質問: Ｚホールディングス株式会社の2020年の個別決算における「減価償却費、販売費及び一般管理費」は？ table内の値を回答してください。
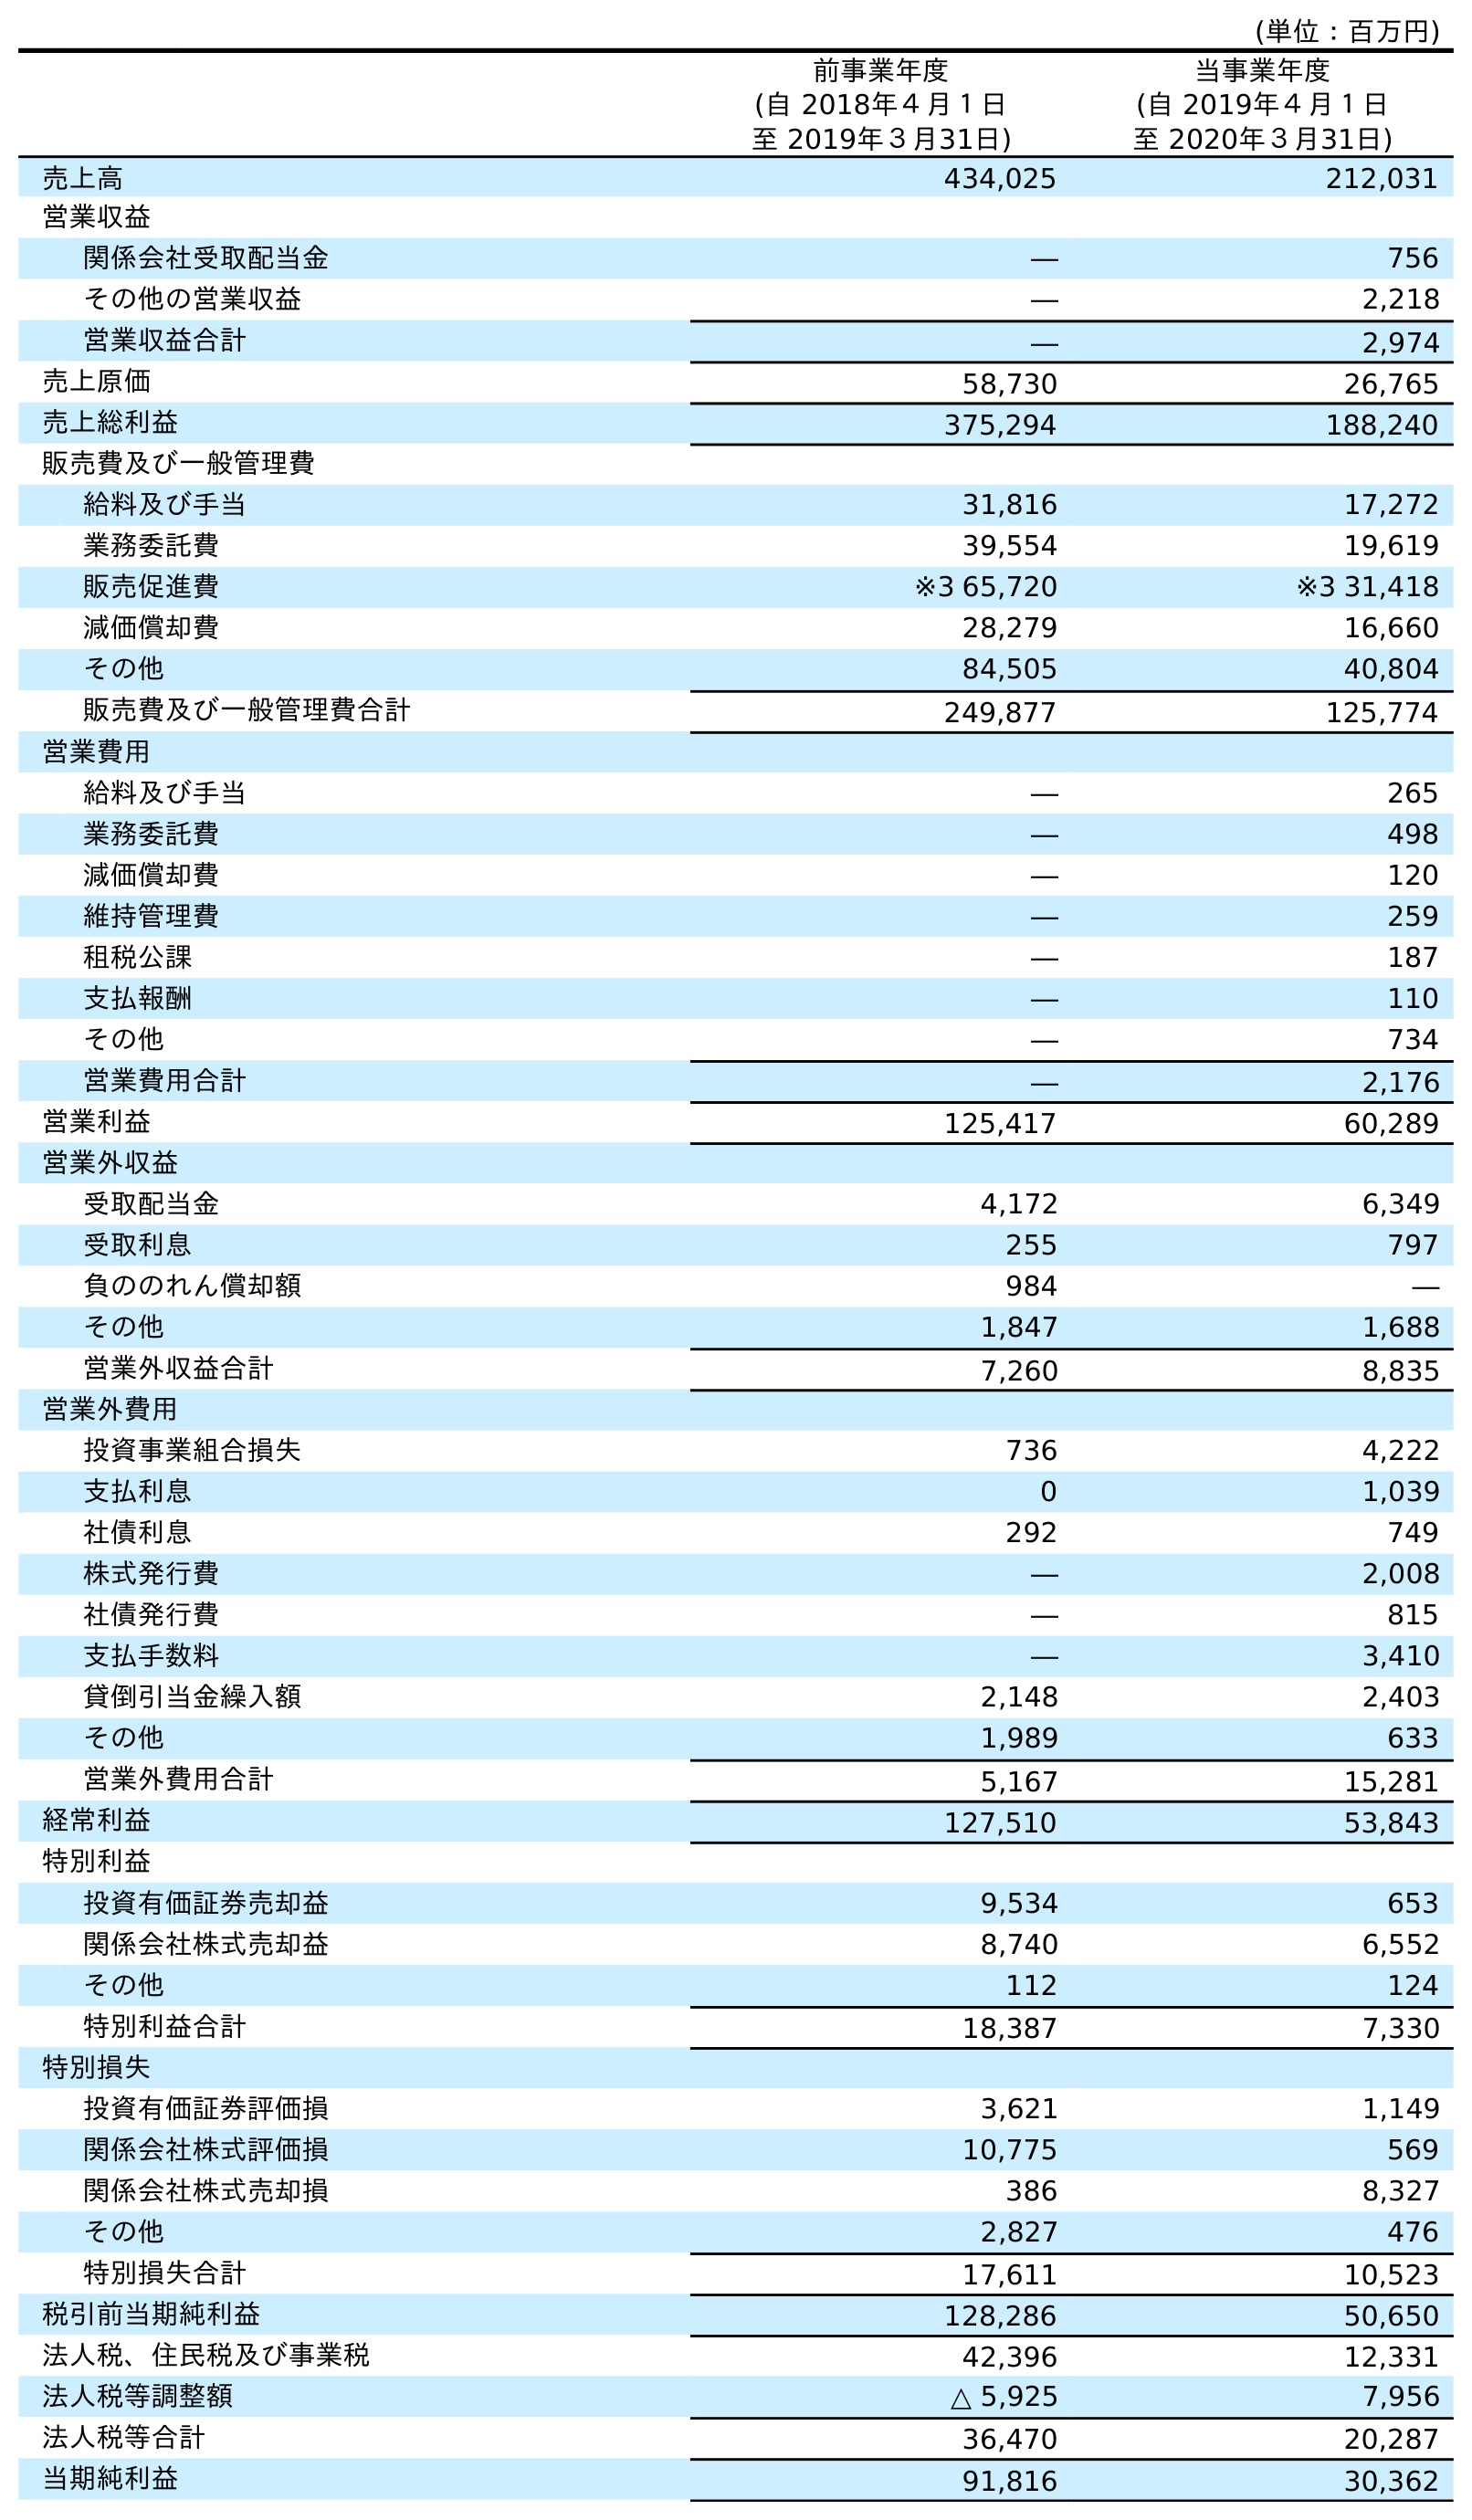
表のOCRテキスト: (単位：百万円) 前事業年度 (自 2018年４月１日 至 2019年３月31日) 当事業年度 (自 2019年４月１日 至 2020年３月31日) 売上高 434,025 212,031 営業収益 関係会社受取配当金 ― 756 その他の営業収益 ― 2,218 営業収益合計 ― 2,974 売上原価 58,730 26,765 売上総利益 375,294 188,240 販売費及び一般管理費 給料及び手当 31,816 17,272 業務委託費 39,554 19,619 販売促進費 ※3 65,720 ※3 31,418 減価償却費 28,279 16,660 その他 84,505 40,804 販売費及び一般管理費合計 249,877 125,774 営業費用 給料及び手当 ― 265 業務委託費 ― 498 減価償却費 ― 120 維持管理費 ― 259 租税公課 ― 187 支払報酬 ― 110 その他 ― 734 営業費用合計 ― 2,176 営業利益 125,417 60,289 営業外収益 受取配当金 4,172 6,349 受取利息 255 797 負ののれん償却額 984 ― その他 1,847 1,688 営業外収益合計 7,260 8,835 営業外費用 投資事業組合損失 736 4,222 支払利息 0 1,039 社債利息 292 749 株式発行費 ― 2,008 社債発行費 ― 815 支払手数料 ― 3,410 貸倒引当金繰入額 2,148 2,403 その他 1,989 633 営業外費用合計 5,167 15,281 経常利益 127,510 53,843 特別利益 投資有価証券売却益 9,534 653 関係会社株式売却益 8,740 6,552 その他 112 124 特別利益合計 18,387 7,330 特別損失 投資有価証券評価損 3,621 1,149 関係会社株式評価損 10,775 569 関係会社株式売却損 386 8,327 その他 2,827 476 特別損失合計 17,611 10,523 税引前当期純利益 128,286 50,650 法人税、住民税及び事業税 42,396 12,331 法人税等調整額 △ 5,925 7,956 法人税等合計 36,470 20,287 当期純利益 91,816 30,362
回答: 16,660